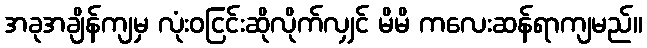
အခုအချိန်ကျမှ လုံးဝငြင်းဆိုလိုက်လျှင် မိမိ ကလေးဆန်ရာကျမည်။